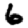
Digit: 6